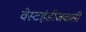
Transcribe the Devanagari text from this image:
वेस्टइंडीजवासी